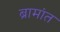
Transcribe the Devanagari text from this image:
ब्रामांत